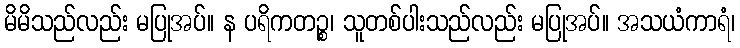
မိမိသည်လည်း မပြုအပ်။ န ပရိကတဉ္စ၊ သူတစ်ပါးသည်လည်း မပြုအပ်။ အသယံကာရံ၊